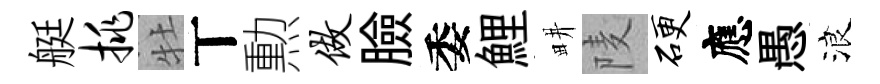
艇挑牡丅勲做臉委鯉畊𨹧硬應愚浪